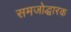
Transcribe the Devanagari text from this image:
समजोद्धारक